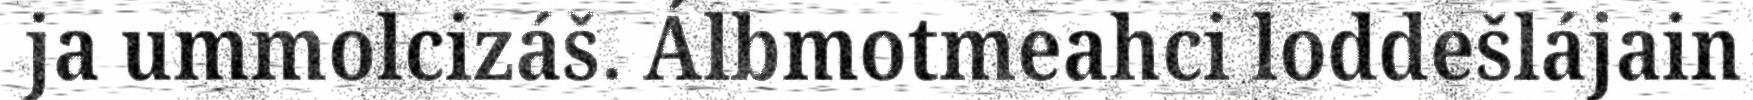
ja ummolcizáš. Álbmotmeahci loddešlájain